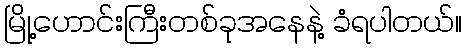
မြို့ဟောင်းကြီးတစ်ခုအနေနဲ့ ခံရပါတယ်။